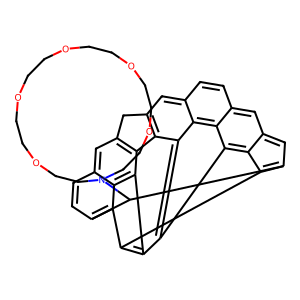
SMILES: c1cc2cc3c4c5c(cc6ccc7cc8cc9c%10c8c8c7c6c5c8c5c%10c(c1C9N1CCOCCOCCOCCOCCOCC1)c2c45)C3
Inhibits HIV replication: No